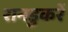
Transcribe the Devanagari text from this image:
रानडुकरें